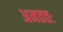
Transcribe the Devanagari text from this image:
अनततः